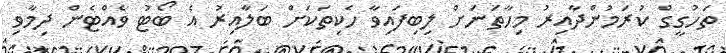
ތަހުގީގް ކުރަމުންދާއިރު މިހާތަނަށް ލިބިފައިވާ ހެކިތަކަށް ބަލާއިރު އެ ބޯޓު ވެއްޓެން ދިމާވި